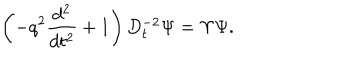
\left( - q ^ { 2 } \frac { d ^ { 2 } } { d t ^ { 2 } } + 1 \right) D _ { t } ^ { - 2 } \Psi = \Upsilon \Psi .